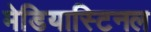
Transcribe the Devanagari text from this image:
मेडियास्टिनल